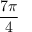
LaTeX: \frac { 7 \pi } { 4 }